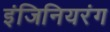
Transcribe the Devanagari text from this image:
इंजिनियरंग